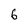
Character: 6